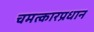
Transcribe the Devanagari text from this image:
चमत्कारप्रधान